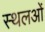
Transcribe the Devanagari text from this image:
स्थलओं